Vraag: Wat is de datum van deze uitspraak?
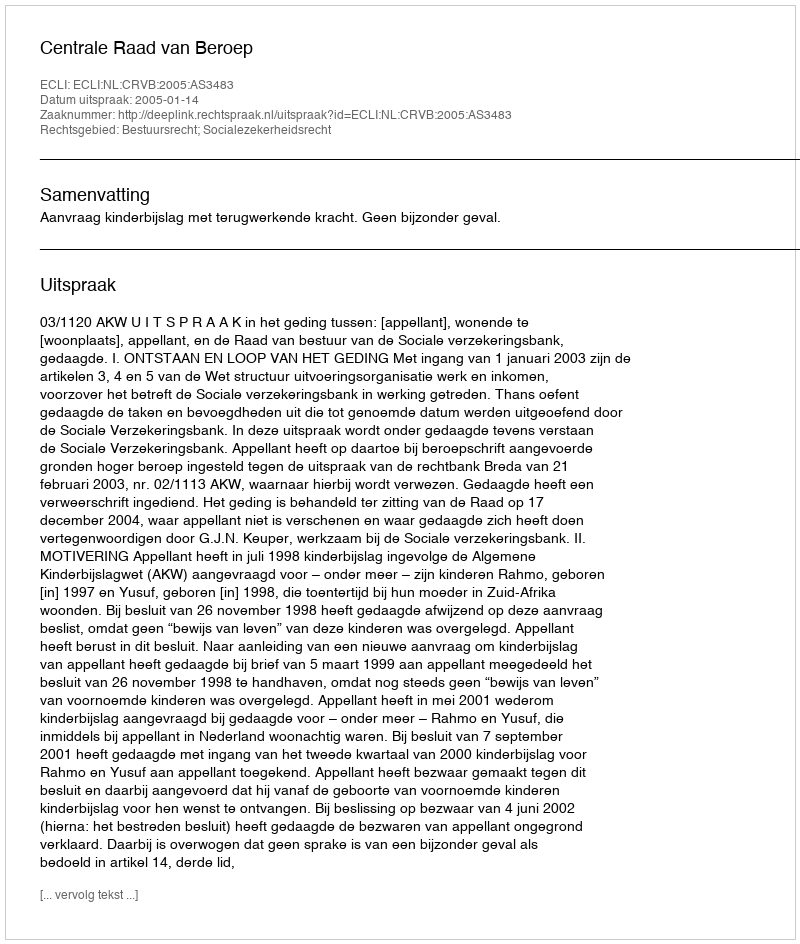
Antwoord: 2005-01-14